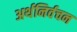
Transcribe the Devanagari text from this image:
अर्थनिर्वचन